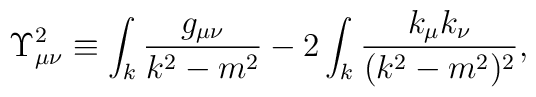
\Upsilon_{\mu \nu}^2 \equiv \int_k \frac{g_{\mu\nu}}{k^2-m^2} -  2\int_k \frac{k_{\mu}k_{\nu}}{(k^2-m^2)^2},